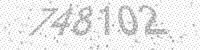
Solution: 748102